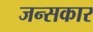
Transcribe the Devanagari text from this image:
जन्सकार